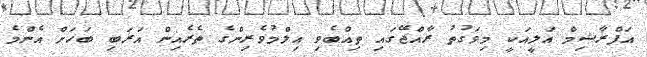
އަފްރާޝިމް އަލީއަކީ މިވަގުތު ރާއްޖޭގައި ތިއްބެވި އިލްމުވެރިންގެ ތެރެއިން އަރަބި ބަހަށް އެންމެ